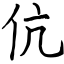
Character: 伉